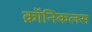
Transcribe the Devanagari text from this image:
क्रॉनिकलस